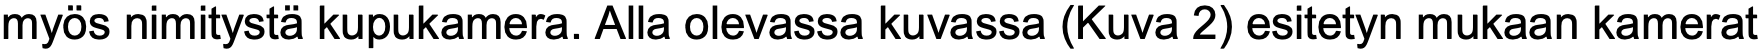
myös nimitystä kupukamera. Alla olevassa kuvassa (Kuva 2) esitetyn mukaan kamerat